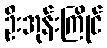
ဦးအုန်းကြိုင်